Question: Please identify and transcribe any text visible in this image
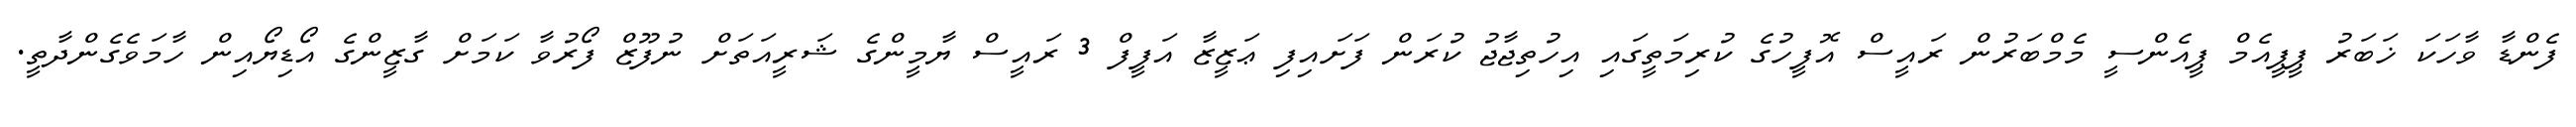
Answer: ފެންޑާ ވާހަކަ ޚަބަރު ޕީޕީއެމް ޕީއެންސީ މެމްބަރުން ރައީސް އޮފީހުގެ ކުރިމަތީގައި އިހުތިޖާޖު ކުރަން ފަށައިފި ޢަޒީޒާ އަފީފް 3 ރައީސް ޔާމީންގެ ޝަރީއަތަށް ނުފޫޒް ފޯރުވާ ކަމަށް ގާޒީންގެ އޯޑިޔޯއިން ހާމަވެގެންދާތީ.